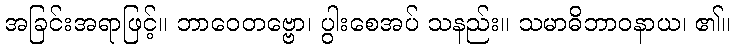
အခြင်းအရာဖြင့်။ ဘာဝေတဗ္ဗော၊ ပွါးစေအပ် သနည်း။ သမာဓိဘာဝနာယ၊ ၏။